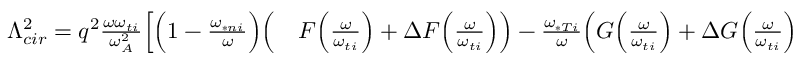
\begin{array} { r l } { \Lambda _ { c i r } ^ { 2 } = q ^ { 2 } \frac { \omega \omega _ { t i } } { \omega _ { A } ^ { 2 } } \Big [ \Big ( 1 - \frac { \omega _ { \ast n i } } { \omega } \Big ) \Big ( } & { { } F \Big ( \frac { \omega } { \omega _ { t i } } \Big ) + \Delta F \Big ( \frac { \omega } { \omega _ { t i } } \Big ) \Big ) - \frac { \omega _ { \ast T i } } { \omega } \Big ( G \Big ( \frac { \omega } { \omega _ { t i } } \Big ) + \Delta G \Big ( \frac { \omega } { \omega _ { t i } } \Big ) \Big ) } \end{array}